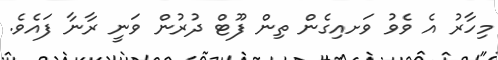
މިހާރު އެ ވެވު ވަށއިގެން ތިން ފޫޓް ދުރުން ވަނީ ރާނާ ފައެވެ.